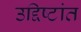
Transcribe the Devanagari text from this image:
उद्दिष्टांत